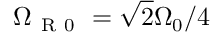
\Omega _ { \mathrm { ~ R ~ 0 ~ } } = \sqrt { 2 } \Omega _ { 0 } / 4